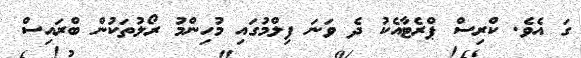
ގަ އެވެ. ކްރިސް ޕްރެޓާއެކު ދެ ވަނަ ފިލްމުގައި މުހިންމު ރޯލުތަކުން ބްރައިސް